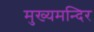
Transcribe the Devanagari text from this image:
मुख्यमन्दिर